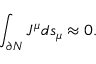
\int _ { \partial N } J ^ { \mu } d s _ { \mu } \approx 0 .